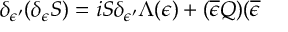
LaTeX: \delta _ { \epsilon ^ { \prime } } ( \delta _ { \epsilon } S ) = i S \delta _ { \epsilon ^ { \prime } } \Lambda ( \epsilon ) + ( \overline { { { \epsilon } } } Q ) ( \overline { { { \epsilon } } }